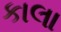
કાલા